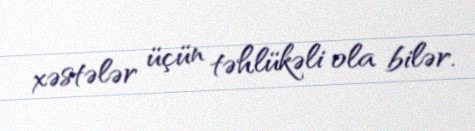
xəstələr üçün təhlükəli ola bilər.